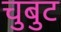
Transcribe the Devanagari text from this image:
चुबुट